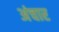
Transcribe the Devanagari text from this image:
अंचार